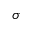
\sigma